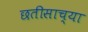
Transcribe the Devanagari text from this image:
छतीसाच्या